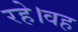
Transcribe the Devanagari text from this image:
रहे।वह